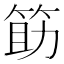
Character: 筯